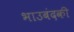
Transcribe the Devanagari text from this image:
भाउबंदकी